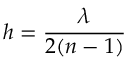
h = \frac { \lambda } { 2 ( n - 1 ) }